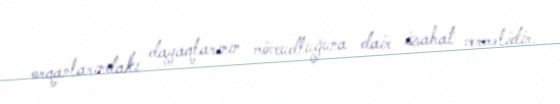
orqanlarındakı dayaqlarının mövcudluğuna dair izahat verməlidir.